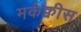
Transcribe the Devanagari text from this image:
मर्कक्वीस